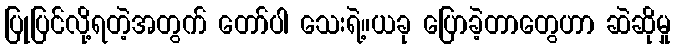
ပြုပြင်လို့ရတဲ့အတွက် တော်ပါ သေးရဲ့။ယခု ပြောခဲ့တာတွေဟာ ဆဲဆိုမှု